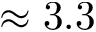
\approx 3 . 3